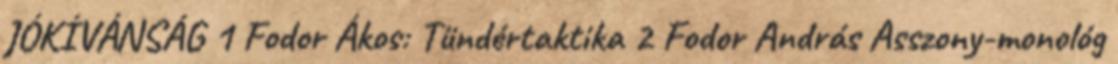
JÓKÍVÁNSÁG 1 Fodor Ákos: Tündértaktika 2 Fodor András Asszony-monológ